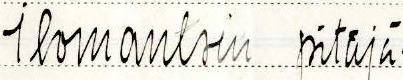
Ilomantsin pitäjä